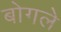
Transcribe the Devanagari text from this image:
बोगले